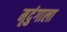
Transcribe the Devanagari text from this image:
मृदुंगाला